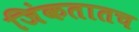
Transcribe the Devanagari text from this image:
जिंकतातच